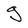
Character: g